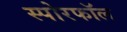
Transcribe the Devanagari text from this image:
स्पोरफॉल